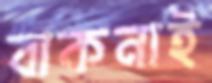
বাকনাই